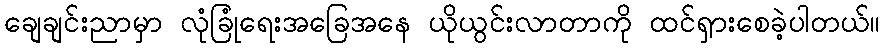
ချေချင်းညာမှာ လုံခြုံရေးအခြေအနေ ယိုယွင်းလာတာကို ထင်ရှားစေခဲ့ပါတယ်။